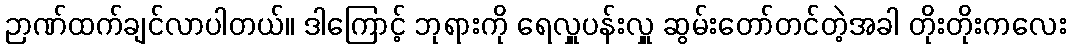
ဉာဏ်ထက်ချင်လာပါတယ်။ ဒါကြောင့် ဘုရားကို ရေလှူပန်းလှူ ဆွမ်းတော်တင်တဲ့အခါ တိုးတိုးကလေး